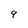
Character: 9